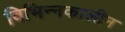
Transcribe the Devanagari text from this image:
विभिन्नकालीन